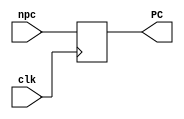
`ifndef _pc_mod_v_
`define _pc_mod_v_
`endif

module pc_mod(clk, npc, PC);

  input wire [31:0] npc;
  output reg [31:0] PC;
  input wire clk;
  
  initial
    PC<=0;
    
  always @(posedge clk)
    PC<=npc;


endmodule